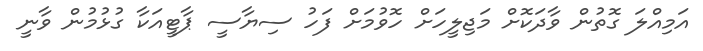
އަމިއްލަ ގޮތުން ވާދަކޮށް މަޖިލީހަށް ހޮވުމަށް ފަހު ސިޔާސީ ޕާޓީއަކާ ގުޅުމުން ވާނީ